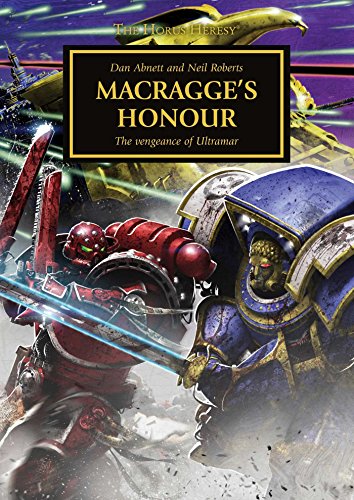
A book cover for Macragge's Honour (The Horus Heresy); Dan Abnett; Science Fiction & Fantasy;